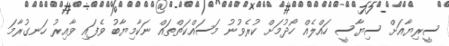
ސީރިޔާއަށް ސިޔާސީ ހައްލެއް ހޯދުމަށް ކުރެވުނު މަސައްކަތްތައް ނަކާމިޔާބު ވެފައި ވާއިރު ހަނގުރާމަ